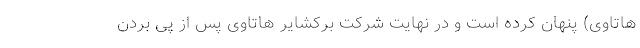
هاتاوی) پنهان کرده است و در نهایت شرکت برکشایر هاتاوی پس از پی بردن